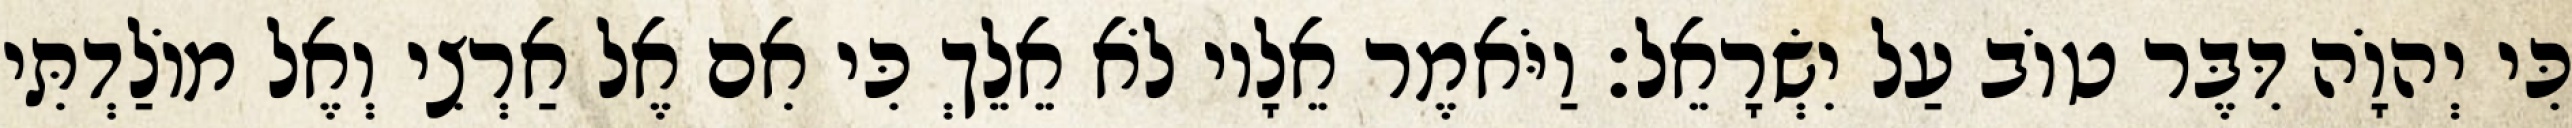
כִּי יְהוָֹה דִּבֶּר טוֹב עַל יִשְׂרָאֵל׃ וַיֹּאמֶר אֵלָיו לֹא אֵלֵךְ כִּי אִם אֶל אַרְצִי וְאֶל מוֹלַדְתִּי